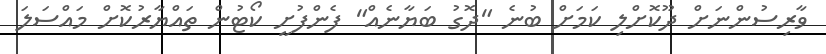
ވާރިސުންނަށް ދޫކޮށްލި ކަމަށް ބުނެ "ދޮގު ބަޔާނެއް" ފެންފުށީ ކޯޓުން ތައްޔާރުކޮށް މައްސަލަ